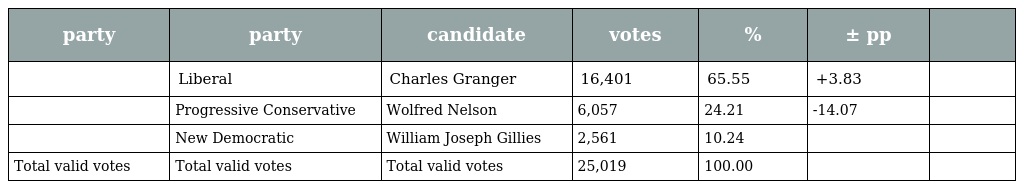
| party | party | candidate | votes | % | ± pp |  |
 | --- | --- | --- | --- | --- | --- | --- |
 |  | Liberal | Charles Granger | 16,401 | 65.55 | +3.83 |  |
 |  | Progressive Conservative | Wolfred Nelson | 6,057 | 24.21 | -14.07 |  |
 |  | New Democratic | William Joseph Gillies | 2,561 | 10.24 |  |  |
 | Total valid votes | Total valid votes | Total valid votes | 25,019 | 100.00 |  |  |